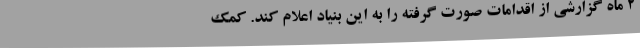
2 ماه گزارشی از اقدامات صورت گرفته را به این بنیاد اعلام کند. کمک